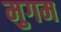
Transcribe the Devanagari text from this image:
मुगम